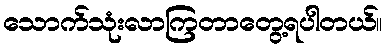
သောက်သုံးလာကြတာတွေ့ရပါတယ်။